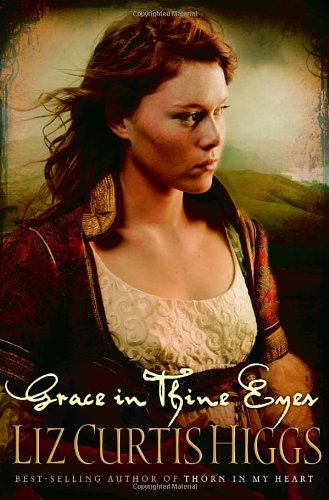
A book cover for Grace in Thine Eyes (Lowlands of Scotland Series #4); Liz Curtis Higgs; Romance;